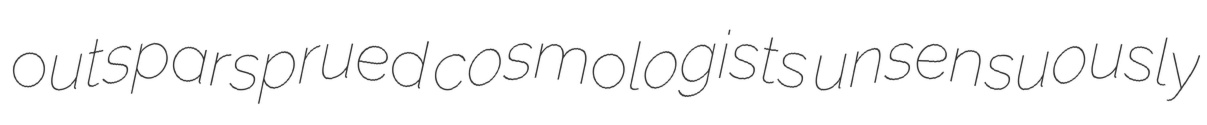
outsparsprued cosmologists unsensuously